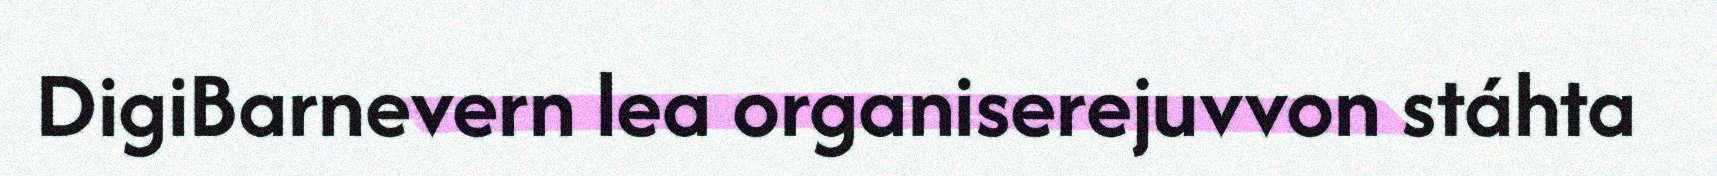
DigiBarnevern lea organiserejuvvon stáhta